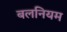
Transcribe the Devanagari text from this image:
बलनियम